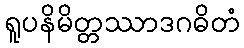
ရူပနိမိတ္တဿာဒဂဓိတံ